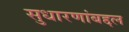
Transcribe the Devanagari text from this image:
सुधारणांबद्दल